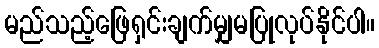
မည်သည့်ဖြေရှင်းချက်မျှမပြုလုပ်နိုင်ပါ။